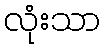
လုံးသာ